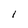
Character: 1